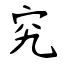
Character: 究